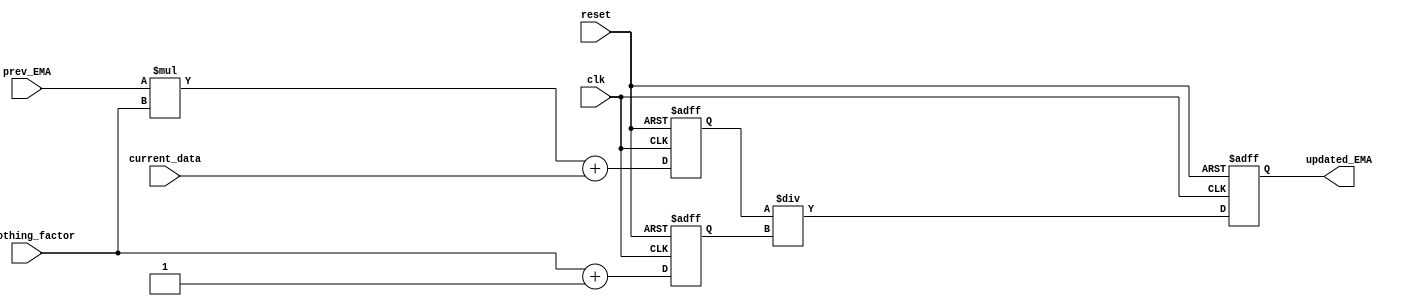
module EMA_accumulator (
  input wire clk,
  input wire reset,
  input wire [31:0] current_data,
  input wire [31:0] smoothing_factor,
  input wire [31:0] prev_EMA,
  output reg [31:0] updated_EMA
);

reg [31:0] sum;
reg [31:0] product;

always @(posedge clk or posedge reset) begin
  if (reset) begin
    sum <= 0;
    product <= 0;
    updated_EMA <= 0;
  end else begin
    sum <= prev_EMA * smoothing_factor + current_data;
    product <= smoothing_factor + 1;
    updated_EMA <= sum / product;
  end
end

endmodule